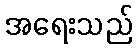
အရေးသည်